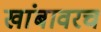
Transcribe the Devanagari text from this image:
खांबावरच